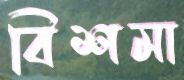
বিশমা